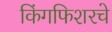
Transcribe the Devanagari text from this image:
किंगफिशरचे